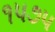
૧૫૭૫